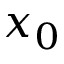
x _ { 0 }